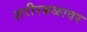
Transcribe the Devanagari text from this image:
शरीरबळावर